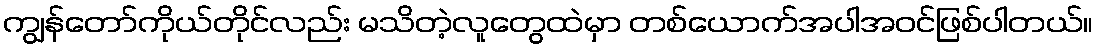
ကျွန်တော်ကိုယ်တိုင်လည်း မသိတဲ့လူတွေထဲမှာ တစ်ယောက်အပါအဝင်ဖြစ်ပါတယ်။